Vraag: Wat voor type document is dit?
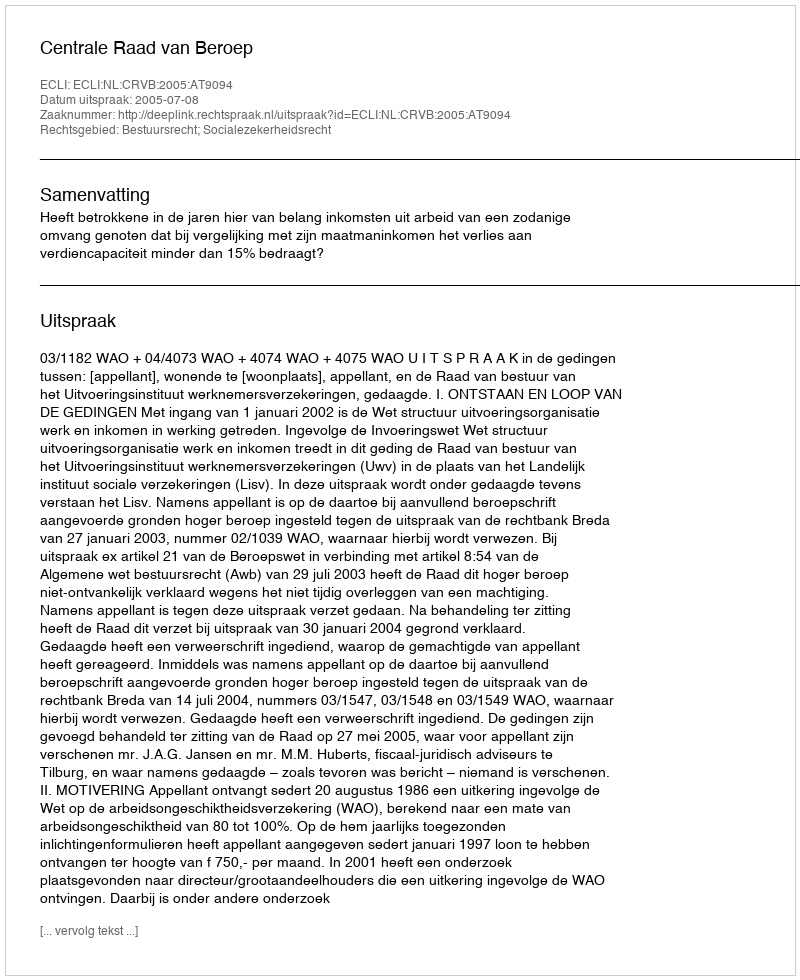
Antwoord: Uitspraak